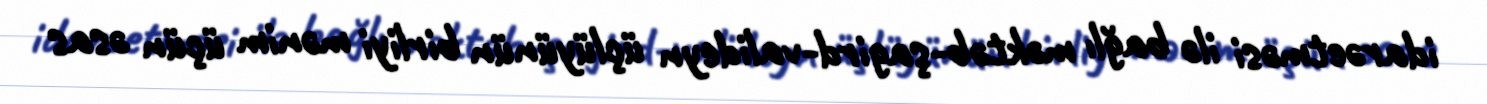
idarəetməsi ilə bağlı məktəb-şagird-valideyn üçlüyünün birliyi mənim üçün əsas